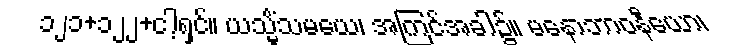
၁၂၁+၁၂၂+ငါ့ရှင်။ ယသ္မိံသမယေ၊ အကြင်အခါ၌။ မနောဘာဝနီယော၊